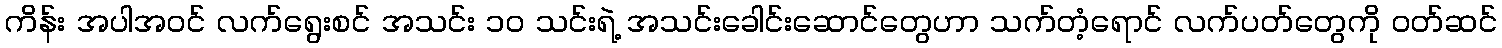
ကိန်း အပါအဝင် လက်ရွေးစင် အသင်း ၁၀ သင်းရဲ့ အသင်းခေါင်းဆောင်တွေဟာ သက်တံ့ရောင် လက်ပတ်တွေကို ဝတ်ဆင်